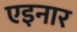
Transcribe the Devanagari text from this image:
एइनार